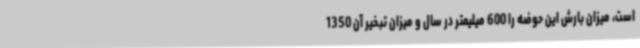
است، میزان بارش این حوضه را 600 میلیمتر در سال و میزان تبخیر آن 1350